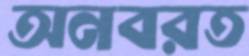
অনবরত